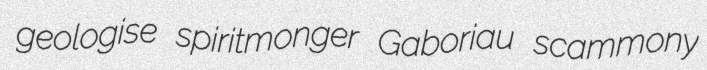
geologise spiritmonger Gaboriau scammony